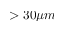
> 3 0 \mu m